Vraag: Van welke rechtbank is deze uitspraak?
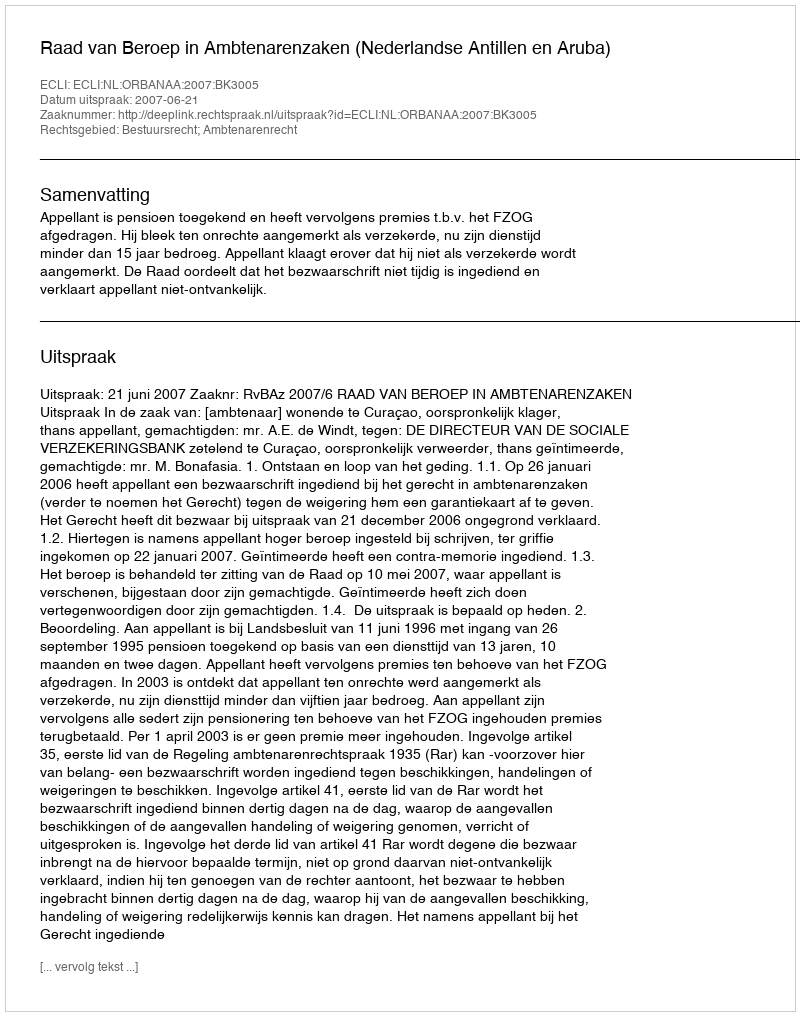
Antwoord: Raad van Beroep in Ambtenarenzaken (Nederlandse Antillen en Aruba)